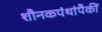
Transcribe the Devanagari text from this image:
शौनकपंथांपैकीं